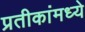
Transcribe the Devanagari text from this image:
प्रतीकांमध्ये